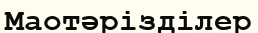
Маотәрізділер